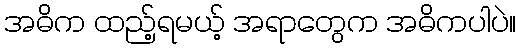
အဓိက ထည့်ရမယ့် အရာတွေက အဓိကပါပဲ။